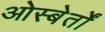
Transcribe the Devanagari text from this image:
ओस्बेर्तों